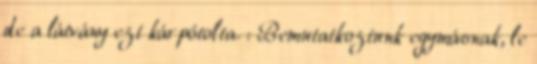
de a látvány ezt kárpótolta. : Bemutatkoztunk egymásnak, le